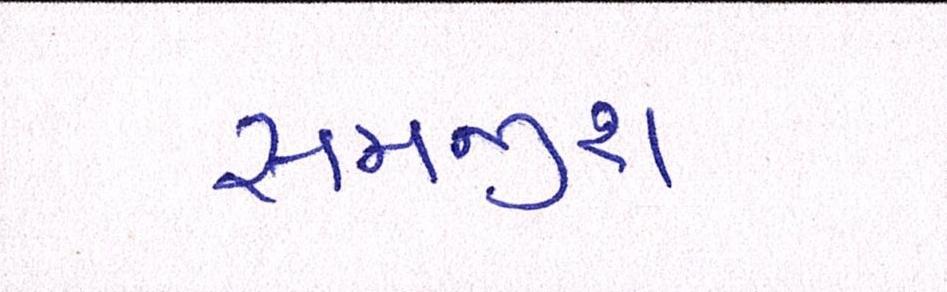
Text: સમજીશ